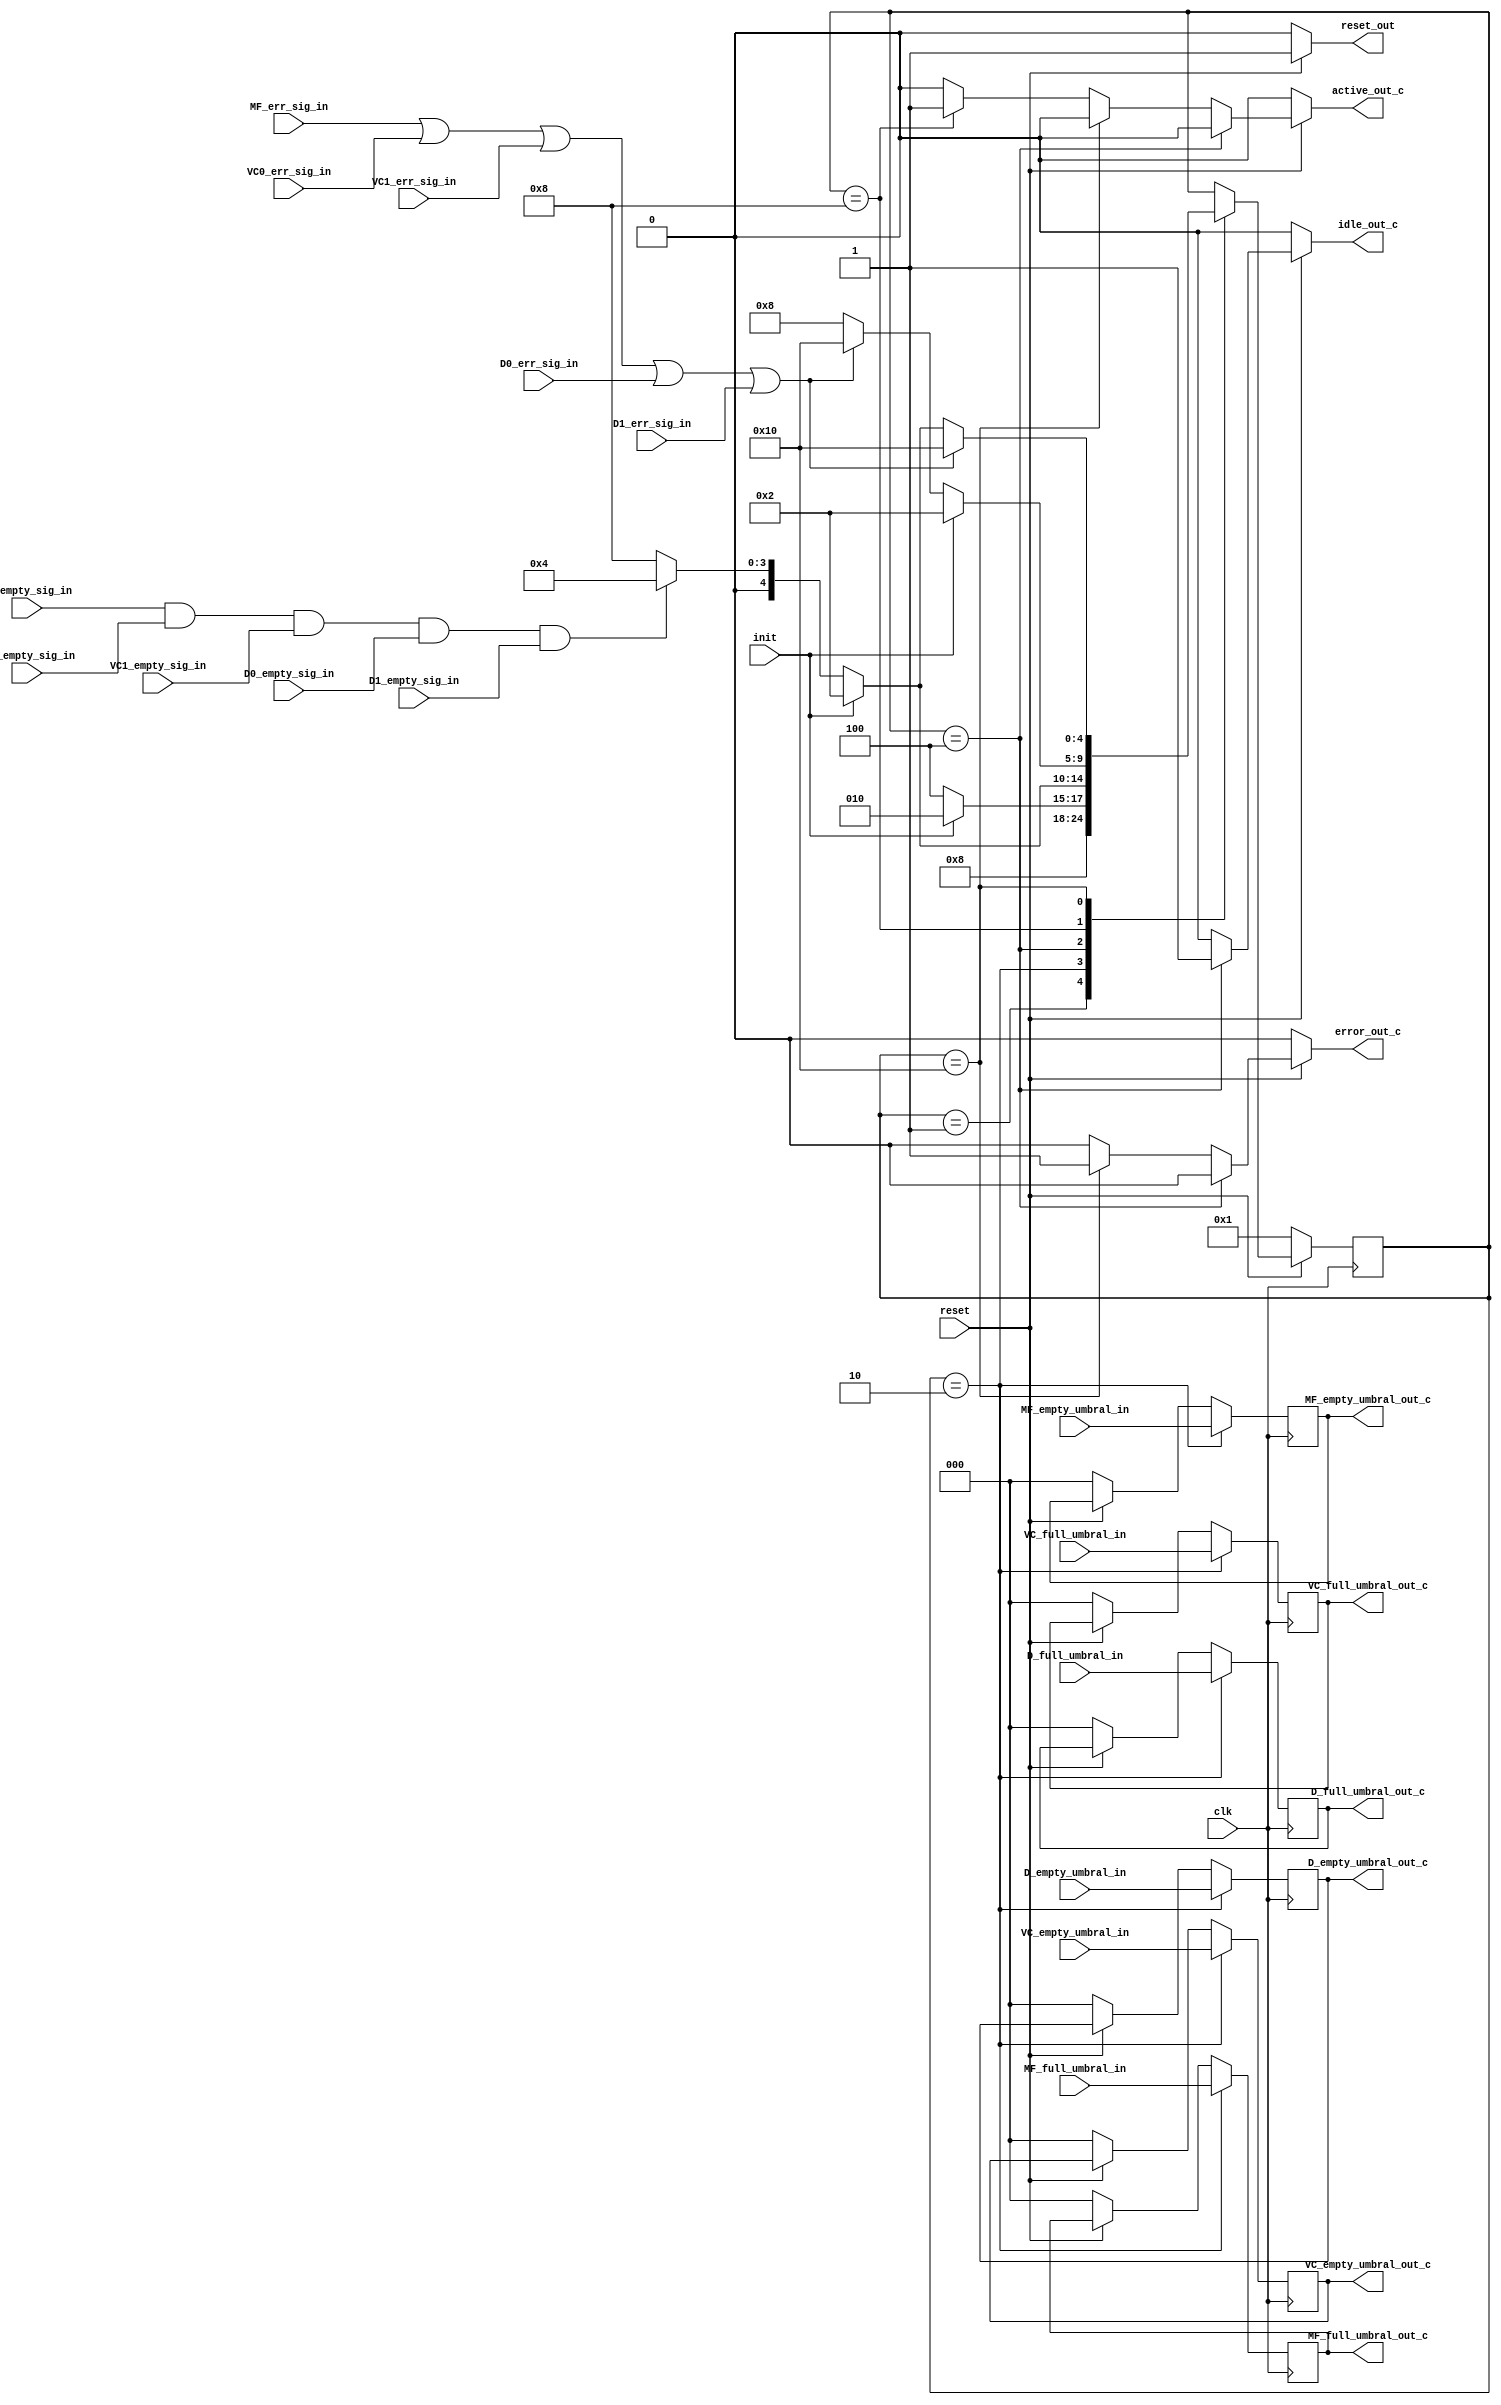

module FSM_cond#(
	parameter MF_SIZE = 3,
	parameter VC_SIZE = 3,
	parameter D_SIZE = 3		//Done.
)
(
	//Inputs.
	input clk,
	input init,
	input reset,
	
	//Umbrals.
	//empties.
	input[MF_SIZE-1:0] MF_empty_umbral_in,
	input[VC_SIZE-1:0] VC_empty_umbral_in,
	input[D_SIZE-1:0] D_empty_umbral_in,
	
	//fulls.
	input[MF_SIZE-1:0] MF_full_umbral_in,
	input[VC_SIZE-1:0] VC_full_umbral_in,
	input[D_SIZE-1:0] D_full_umbral_in,
	
	//Error signals.
	input MF_err_sig_in,
	input VC0_err_sig_in,
	input VC1_err_sig_in,
	input D0_err_sig_in,
	input D1_err_sig_in,
	
	//Empty signals.
	input MF_empty_sig_in,
	input VC0_empty_sig_in,
	input VC1_empty_sig_in,
	input D0_empty_sig_in,
	input D1_empty_sig_in,
	
	//Outputs.
	//Umbrals.
	output reg[MF_SIZE-1:0] MF_full_umbral_out_c,
	output reg[VC_SIZE-1:0] VC_full_umbral_out_c,
	output reg[D_SIZE-1:0] D_full_umbral_out_c,
	
	output reg[MF_SIZE-1:0] MF_empty_umbral_out_c,
	output reg[VC_SIZE-1:0] VC_empty_umbral_out_c,
	output reg[D_SIZE-1:0] D_empty_umbral_out_c,	
	
	//state signals.
	output reg error_out_c,
	output reg active_out_c,
	output reg idle_out_c,
	output reg reset_out						//Done.
);

//one-hot states.
parameter RESET = 'b00001;  //1
parameter INIT = 'b00010;   //2
parameter IDLE = 'b00100;   //4
parameter ACTIVE =  'b01000; //8
parameter ERROR = 'b10000;  //10

reg[4:0] state, nxt_state;						//Done.

//Umbrals output signals. 
always@(posedge clk)
begin
	if(~reset)
	begin
		state <= 1;
		//umbral outputs.
		MF_full_umbral_out_c <= 0;
		VC_full_umbral_out_c <= 0;
		D_full_umbral_out_c <= 0;
		
		MF_empty_umbral_out_c <= 0;
		VC_empty_umbral_out_c <= 0;
		D_empty_umbral_out_c <= 0;		
	end
	else
	begin
		state <= nxt_state;
	end
		if(state == INIT)
		begin
			//Empties.
			MF_empty_umbral_out_c <= MF_empty_umbral_in;
			VC_empty_umbral_out_c <= VC_empty_umbral_in;
			D_empty_umbral_out_c <= D_empty_umbral_in;
			
		
			//Fulls.
			MF_full_umbral_out_c <= MF_full_umbral_in;
			VC_full_umbral_out_c <= VC_full_umbral_in;
			D_full_umbral_out_c <= D_full_umbral_in;
		end
end						//Done.


//FSM outputs.
always@(*)
begin
	if(~reset)
	begin
		//state outputs.
		error_out_c = 0;
		active_out_c = 0;
		idle_out_c = 0;
		reset_out = 0;
	end
	else
	begin
		if(state == IDLE)
		begin
			error_out_c = 0;
			active_out_c = 0;
			idle_out_c = 1;
			reset_out = 1;
		end
		else if(state == ERROR)
		begin
			error_out_c = 1;
			active_out_c = 0;
			idle_out_c = 0;	
			reset_out = 1;
		end
		else if(state == ACTIVE)
		begin
			error_out_c = 0;
			active_out_c = 1;
			idle_out_c = 0;	
			reset_out = 1;
		end
		else
		begin
			error_out_c = 0;
			active_out_c = 0;
			idle_out_c = 0;	
			reset_out = 1;
		end
	end
end

//Next state combinational logic.
always@(*)
begin
	/*if(~reset)
	begin
		//state outputs.
		error_out_c = 0;
		active_out_c = 0;
		idle_out_c = 0;
		reset_out = 0;
	end
	else
	begin
		if(state == IDLE)
		begin
			error_out_c = 0;
			active_out_c = 0;
			idle_out_c = 1;
			reset_out = 1;
		end
		else if(state == ERROR)
		begin
			error_out_c = 1;
			active_out_c = 0;
			idle_out_c = 0;	
			reset_out = 1;
		end
		else if(state == ACTIVE)
		begin
			error_out_c = 0;
			active_out_c = 1;
			idle_out_c = 0;	
			reset_out = 1;
		end
		else
		begin
			error_out_c = 0;
			active_out_c = 0;
			idle_out_c = 0;	
			reset_out = 0;
		end
	end*/
	
	nxt_state = state;
	case (state)

		RESET:
		begin
			if(~reset)
			begin
				nxt_state = RESET;
			end
			else
			begin
				nxt_state = INIT;
			end
		end
		
		INIT:
		begin
			if(~reset)
			begin
				nxt_state = RESET;
			end
			else
			begin
				if(~init)
				begin
					nxt_state = IDLE;
				end
				else
				begin
					nxt_state = INIT;
				end
			end
		end
		
		IDLE:
		begin
			if(~reset)
			begin
				nxt_state = RESET;
			end
			else
			begin
				if(~init)
				begin
					if(MF_empty_sig_in & VC0_empty_sig_in & VC1_empty_sig_in & D0_empty_sig_in & D1_empty_sig_in)
					begin
						nxt_state = IDLE;
					end
					else
					begin
						nxt_state = ACTIVE;
					end
				end
				else
				begin
					nxt_state = INIT;
				end
			end
		end
		
		ACTIVE:
		begin
			if(~reset)
			begin
				nxt_state = RESET;
			end
			else
			begin
				if(~init)
				begin
					if(MF_empty_sig_in & VC0_empty_sig_in & VC1_empty_sig_in & D0_empty_sig_in & D1_empty_sig_in)
					begin
						nxt_state = IDLE;
					end	
					if(MF_err_sig_in | VC0_err_sig_in | VC1_err_sig_in | D0_err_sig_in | D1_err_sig_in)
					begin
						nxt_state = ERROR;
					end
					else
					begin
						nxt_state = ACTIVE;
					end
				end
				else
				begin
					nxt_state = INIT;
				end
			end 
		end
		
		ERROR:
		begin
			if(~reset)
			begin
				nxt_state = RESET;
			end
			else
			begin
				if(MF_err_sig_in | VC0_err_sig_in | VC1_err_sig_in | D0_err_sig_in | D1_err_sig_in)
				begin
					nxt_state = ERROR;
				end
				else
				begin
					if(~init)
					begin
						if(MF_empty_sig_in & VC0_empty_sig_in & VC1_empty_sig_in & D0_empty_sig_in & D1_empty_sig_in)
						begin
							nxt_state = IDLE;
						end	
						else
						begin
							nxt_state = ACTIVE;
						end
					end
					else
					begin
						nxt_state = INIT;
					end
				end
			end
		end
	endcase
end
endmodule